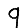
Digit: 9